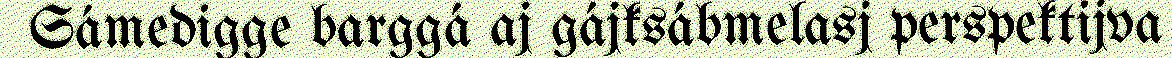
Sámedigge barggá aj gájksábmelasj perspektijva